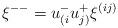
LaTeX: \begin{align*}\xi^{--}=u^{-}_{(i}u^{+}_{j)}\xi^{(ij)}\\\end{align*}